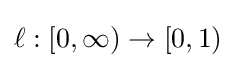
\ell :[0,\infty )\to [0,1)